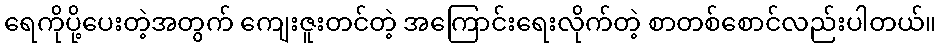
ရေကိုပို့ပေးတဲ့အတွက် ကျေးဇူးတင်တဲ့ အကြောင်းရေးလိုက်တဲ့ စာတစ်စောင်လည်းပါတယ်။